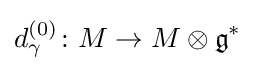
d_{\gamma }^{(0)}\colon M\rightarrow M\otimes {\mathfrak {g}}^{*}